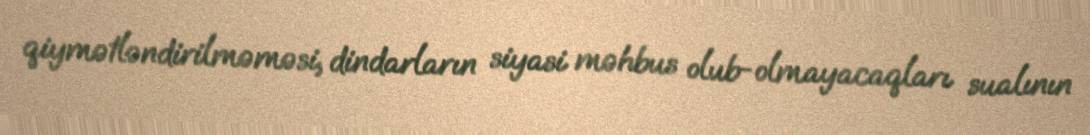
qiymətləndirilməməsi, dindarların siyasi məhbus olub-olmayacaqları sualının